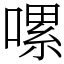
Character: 𠼱